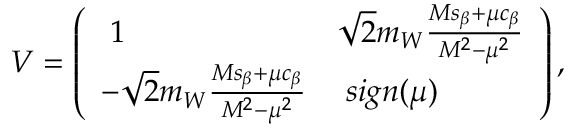
V = \left( \begin{array} { l l } { { \; 1 } } & { { \sqrt { 2 } m _ { W } \frac { M s _ { \beta } + \mu c _ { \beta } } { M ^ { 2 } - \mu ^ { 2 } } } } \\ { { - \sqrt { 2 } m _ { W } \frac { M s _ { \beta } + \mu c _ { \beta } } { M ^ { 2 } - \mu ^ { 2 } } } } & { { \; s i g n ( \mu ) } } \end{array} \right) ,